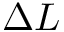
\Delta L